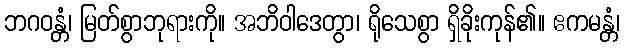
ဘဂဝန္တံ၊ မြတ်စွာဘုရားကို။ အဘိဝါဒေတွာ၊ ရိုသေစွာ ရှိခိုးကုန်၏။ ဧကမန္တံ၊